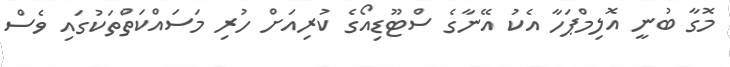
މޮގާ ބުނީ އޮލިމްޕަހާ އެކު އޭނާގެ ސްޓޫޑިއޯގެ ކުރިއަށް ހުރި މަސައްކަތްތަކުގައި ވެސް